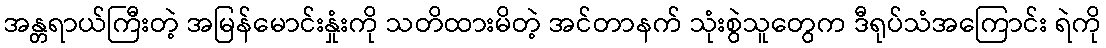
အန္တရာယ်ကြီးတဲ့ အမြန်မောင်းနှုံးကို သတိထားမိတဲ့ အင်တာနက် သုံးစွဲသူတွေက ဒီရုပ်သံအကြောင်း ရဲကို